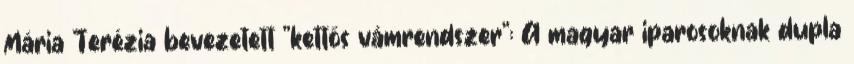
Mária Terézia bevezetett "kettős vámrendszer": A magyar iparosoknak dupla